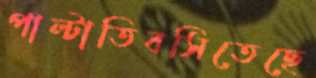
পাল্টাতিবসিতেছে